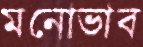
মনোভাব